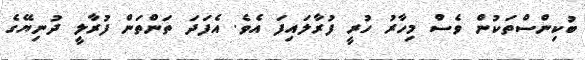
ބުކިންސްތަކުން ވެސް މިހާރު ހުރީ ފުރާލައިފަ އެވެ. އެފަދަ ތަންތަން ފުރާލީ ދުނިޔޭގެ